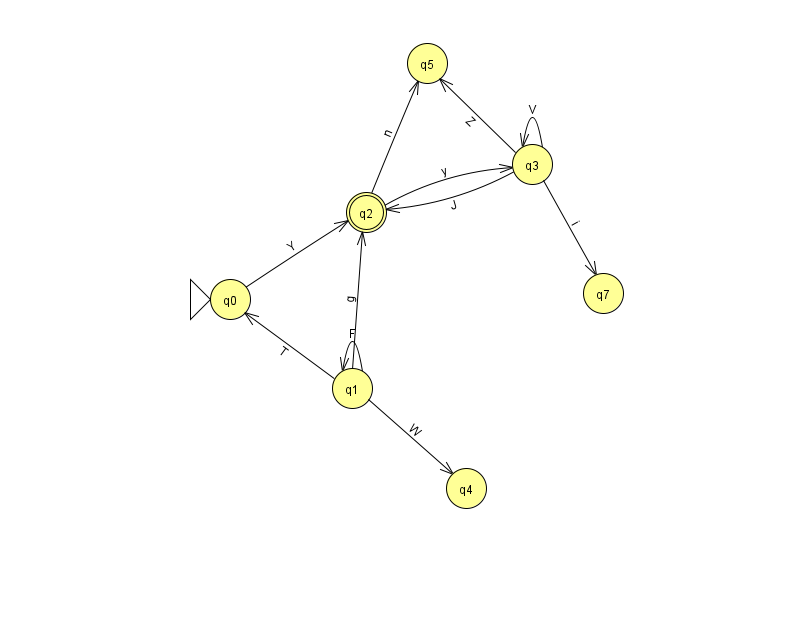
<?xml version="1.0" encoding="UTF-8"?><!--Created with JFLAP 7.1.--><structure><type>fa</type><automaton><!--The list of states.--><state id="0" name="q0"><x>230.0</x><y>286.0</y><initial/></state><state id="1" name="q1"><x>352.0</x><y>375.0</y></state><state id="2" name="q2"><x>366.0</x><y>199.0</y><final/></state><state id="3" name="q3"><x>532.0</x><y>151.0</y></state><state id="4" name="q4"><x>466.0</x><y>475.0</y></state><state id="5" name="q5"><x>427.0</x><y>50.0</y></state><state id="7" name="q7"><x>603.0</x><y>280.0</y></state><!--The list of transitions.--><transition><from>1</from><to>4</to><read>W</read></transition><transition><from>0</from><to>2</to><read>Y</read></transition><transition><from>1</from><to>2</to><read>g</read></transition><transition><from>1</from><to>1</to><read>F</read></transition><transition><from>3</from><to>3</to><read>V</read></transition><transition><from>3</from><to>7</to><read>i</read></transition><transition><from>2</from><to>5</to><read>n</read></transition><transition><from>3</from><to>5</to><read>Z</read></transition><transition><from>1</from><to>0</to><read>T</read></transition><transition><from>2</from><to>3</to><read>y</read></transition><transition><from>3</from><to>2</to><read>J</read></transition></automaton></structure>